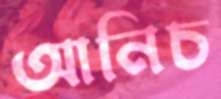
আনিচ